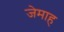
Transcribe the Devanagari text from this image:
जेमाह